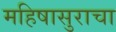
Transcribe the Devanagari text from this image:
महिषासुराचा